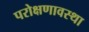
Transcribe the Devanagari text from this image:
परोक्षणावस्था